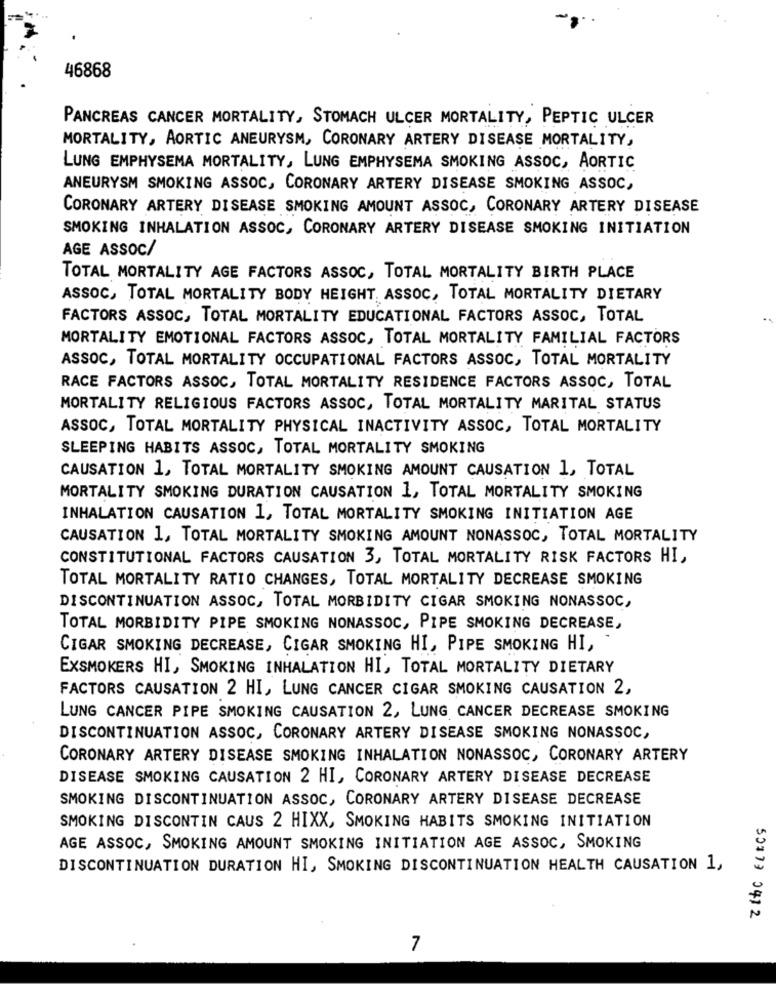
46868
PANCREAS CANCER MORTALITY, STOMACH ULCER MORTALITY, PEPTIC ULCER
MORTALITY, AORTIC ANEURYSM, CORONARY ARTERY DISEASE MORTALITY,
LUNG EMPHYSEMA MORTALITY, LUNG EMPHYSEMA SMOKING ASSOC, AORTIC
ANEURYSM SMOKING ASSOC, CORONARY ARTERY DISEASE SMOKING ASSOC,
CORONARY ARTERY DISEASE SMOKING AMOUNT ASSOC, CORONARY ARTERY DISEASE
SMOKING INHALATION ASSOC, CORONARY ARTERY DISEASE SMOKING INITIATION
AGE ASSOC/
TOTAL MORTALITY AGE FACTORS ASSOC, TOTAL MORTALITY BIRTH PLACE
ASSOC, TOTAL MORTALITY BODY HEIGHT, ASSOC, TOTAL MORTALITY DIETARY
FACTORS ASSOC, TOTAL MORTALITY EDUCATIONAL FACTORS ASSOC, TOTAL
MORTALITY EMOTIONAL FACTORS ASSOC, TOTAL MORTALITY FAMILIAL FACTORS
ASSOC, TOTAL MORTALITY OCCUPATIONAL FACTORS ASSOC, TOTAL MORTALITY
RACE FACTORS ASSOC, TOTAL MORTALITY RESIDENCE FACTORS ASSOC, TOTAL
MORTALITY RELIGIOUS FACTORS ASSOC, TOTAL MORTALITY MARITAL STATUS
ASSOC, TOTAL MORTALITY PHYSICAL INACTIVITY ASSOC, TOTAL MORTALITY
SLEEPING HABITS ASSOC, TOTAL MORTALITY SMOKING
CAUSATION 1, TOTAL MORTALITY SMOKING AMOUNT CAUSATION 1, TOTAL
MORTALITY SMOKING DURATION CAUSATION 1, TOTAL MORTALITY SMOKING
INHALATION CAUSATION 1, TOTAL MORTALITY SMOKING INITIATION AGE
CAUSATION 1, TOTAL MORTALITY SMOKING AMOUNT NONASSOC, TOTAL MORTALITY
CONSTITUTIONAL FACTORS CAUSATION 3, TOTAL MORTALITY RISK FACTORS HI,
TOTAL MORTALITY RATIO CHANGES, TOTAL MORTALITY DECREASE SMOKING
DISCONTINUATION ASSOC, TOTAL MORBIDITY CIGAR SMOKING NONASSOC,
TOTAL MORBIDITY PIPE SMOKING NONASSOC, PIPE SMOKING DECREASE,
CIGAR SMOKING DECREASE, CIGAR SMOKING HI, PIPE SMOKING HI,
EXSMOKERS HI, SMOKING INHALATION HI, TOTAL MORTALITY DIETARY
FACTORS CAUSATION 2 HI, LUNG CANCER CIGAR SMOKING CAUSATION 2,
LUNG CANCER PIPE SMOKING CAUSATION 2, LUNG CANCER DECREASE SMOKING
DISCONTINUATION ASSOC, CORONARY ARTERY DISEASE SMOKING NONASSOC,
CORONARY ARTERY DISEASE SMOKING INHALATION NONASSOC, CORONARY ARTERY
DISEASE SMOKING CAUSATION 2 HI, CORONARY ARTERY DISEASE DECREASE
SMOKING DISCONTINUATION ASSOC, CORONARY ARTERY DISEASE DECREASE
SMOKING DISCONTIN CAUS 2 HIXX, SMOKING HABITS SMOKING INITIATION
AGE ASSOC, SMOKING AMOUNT SMOKING INITIATION AGE ASSOC, SMOKING
DISCONTINUATION DURATION HI, SMOKING DISCONTINUATION HEALTH CAUSATION 1,
50173 0412
7